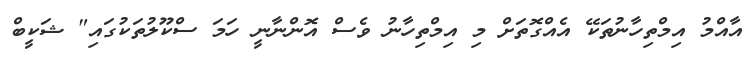
އާއްމު އިމްތިހާނުތަކޭ އެއްގޮތަށް މި އިމްތިހާނު ވެސް އޮންނާނީ ހަމަ ސްކޫލުތަކުގައި" ޝަކީބް